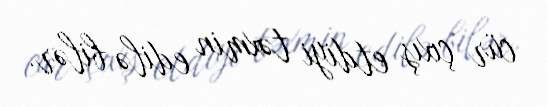
cür çıxış etdiyi təxmin edilə bilər.